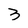
Character: 3